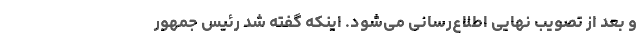
و بعد از تصویب نهایی اطلاع‌رسانی می‌شود. اینکه گفته شد رئیس جمهور